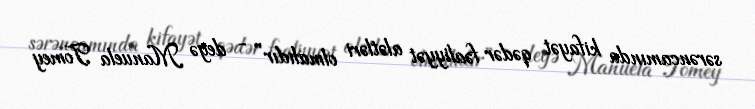
sərəncamında kifayət qədər fəaliyyət alətləri olmalıdır” - deyə Manuela Tomey